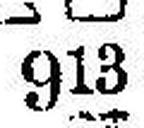
913